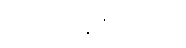
အပေါ် အင်္ကျီ ပေးပါ။